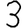
Digit: 3